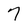
Character: 7